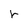
Character: r